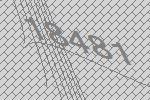
18481